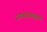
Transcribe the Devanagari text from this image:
ननवनजदृगालेः